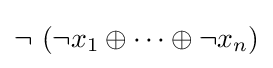
\neg ~(\neg x_{1}\oplus \cdots \oplus \neg x_{n})